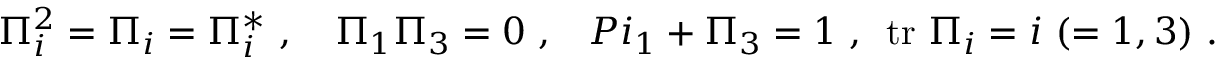
\Pi _ { i } ^ { 2 } = \Pi _ { i } = \Pi _ { i } ^ { * } \ , \ \ \ \Pi _ { 1 } \Pi _ { 3 } = 0 \ , \ \ \, P i _ { 1 } + \Pi _ { 3 } = 1 \ , \, \ \mathrm { t r } \ \Pi _ { i } = i \ ( = 1 , 3 ) \ .